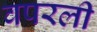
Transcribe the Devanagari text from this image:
वपरली